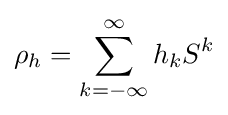
\rho _{h}=\sum _{k=-\infty }^{\infty }h_{k}S^{k}